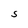
Character: S